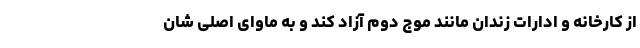
از کارخانه و ادارات زندان مانند موج دوم آزاد کند و به ماوای اصلی شان